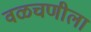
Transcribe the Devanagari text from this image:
वळचणीला